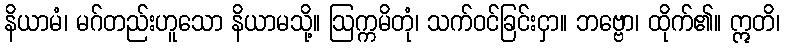
နိယာမံ၊ မဂ်တည်းဟူသော နိယာမသို့။ ဩက္ကမိတုံ၊ သက်ဝင်ခြင်းငှာ။ ဘဗ္ဗော၊ ထိုက်၏။ ဣတိ၊